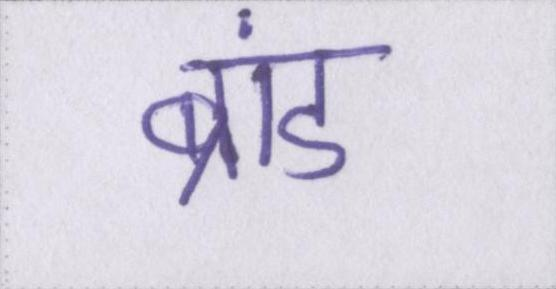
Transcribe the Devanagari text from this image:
ब्रांड